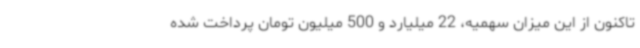
تاکنون از این میزان سهمیه، 22 میلیارد و 500 میلیون تومان پرداخت شده